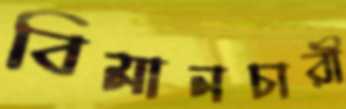
বিমানচারী